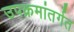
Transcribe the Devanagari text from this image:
उपक्रमांतर्गत